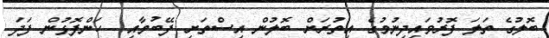
ބޮލުގެ ތަލަ ފޮރުވައިދިނުމުގެ އިތުރަށް ބޮލުން އިސްތަށި ފޭބުމާއި  ހަންފޮޅުން ފަދަ